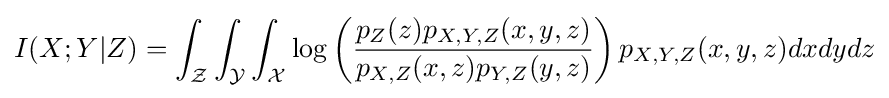
I(X;Y|Z)=\int _{\mathcal {Z}}\int _{\mathcal {Y}}\int _{\mathcal {X}}\log \left({\frac {p_{Z}(z)p_{X,Y,Z}(x,y,z)}{p_{X,Z}(x,z)p_{Y,Z}(y,z)}}\right)p_{X,Y,Z}(x,y,z)dxdydz